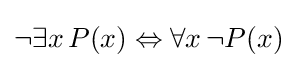
\lnot \exists x\,P(x)\Leftrightarrow \forall x\,\lnot P(x)